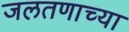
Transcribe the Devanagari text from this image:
जलतणाच्या